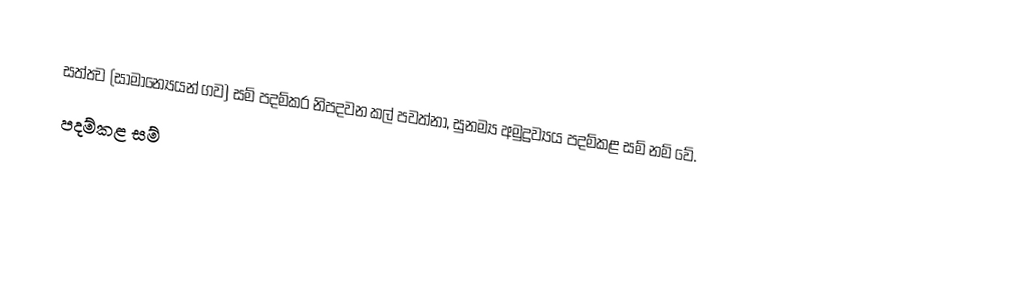
සත්ත්‍ව (සාමාන්‍යෙයන් ගව) සම් පදම්කර නිපදවන කල් පවත්නා, සුනම්‍ය අමුද්‍රව්‍යය  පදම්කළ සම් නම් වේ.
පදම්කළ සම්